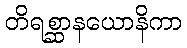
တိရစ္ဆာနယောနိကာ